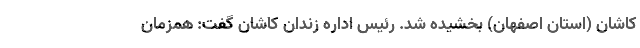
کاشان (استان اصفهان) بخشیده شد. رئیس اداره زندان کاشان گفت: همزمان